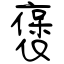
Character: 褒